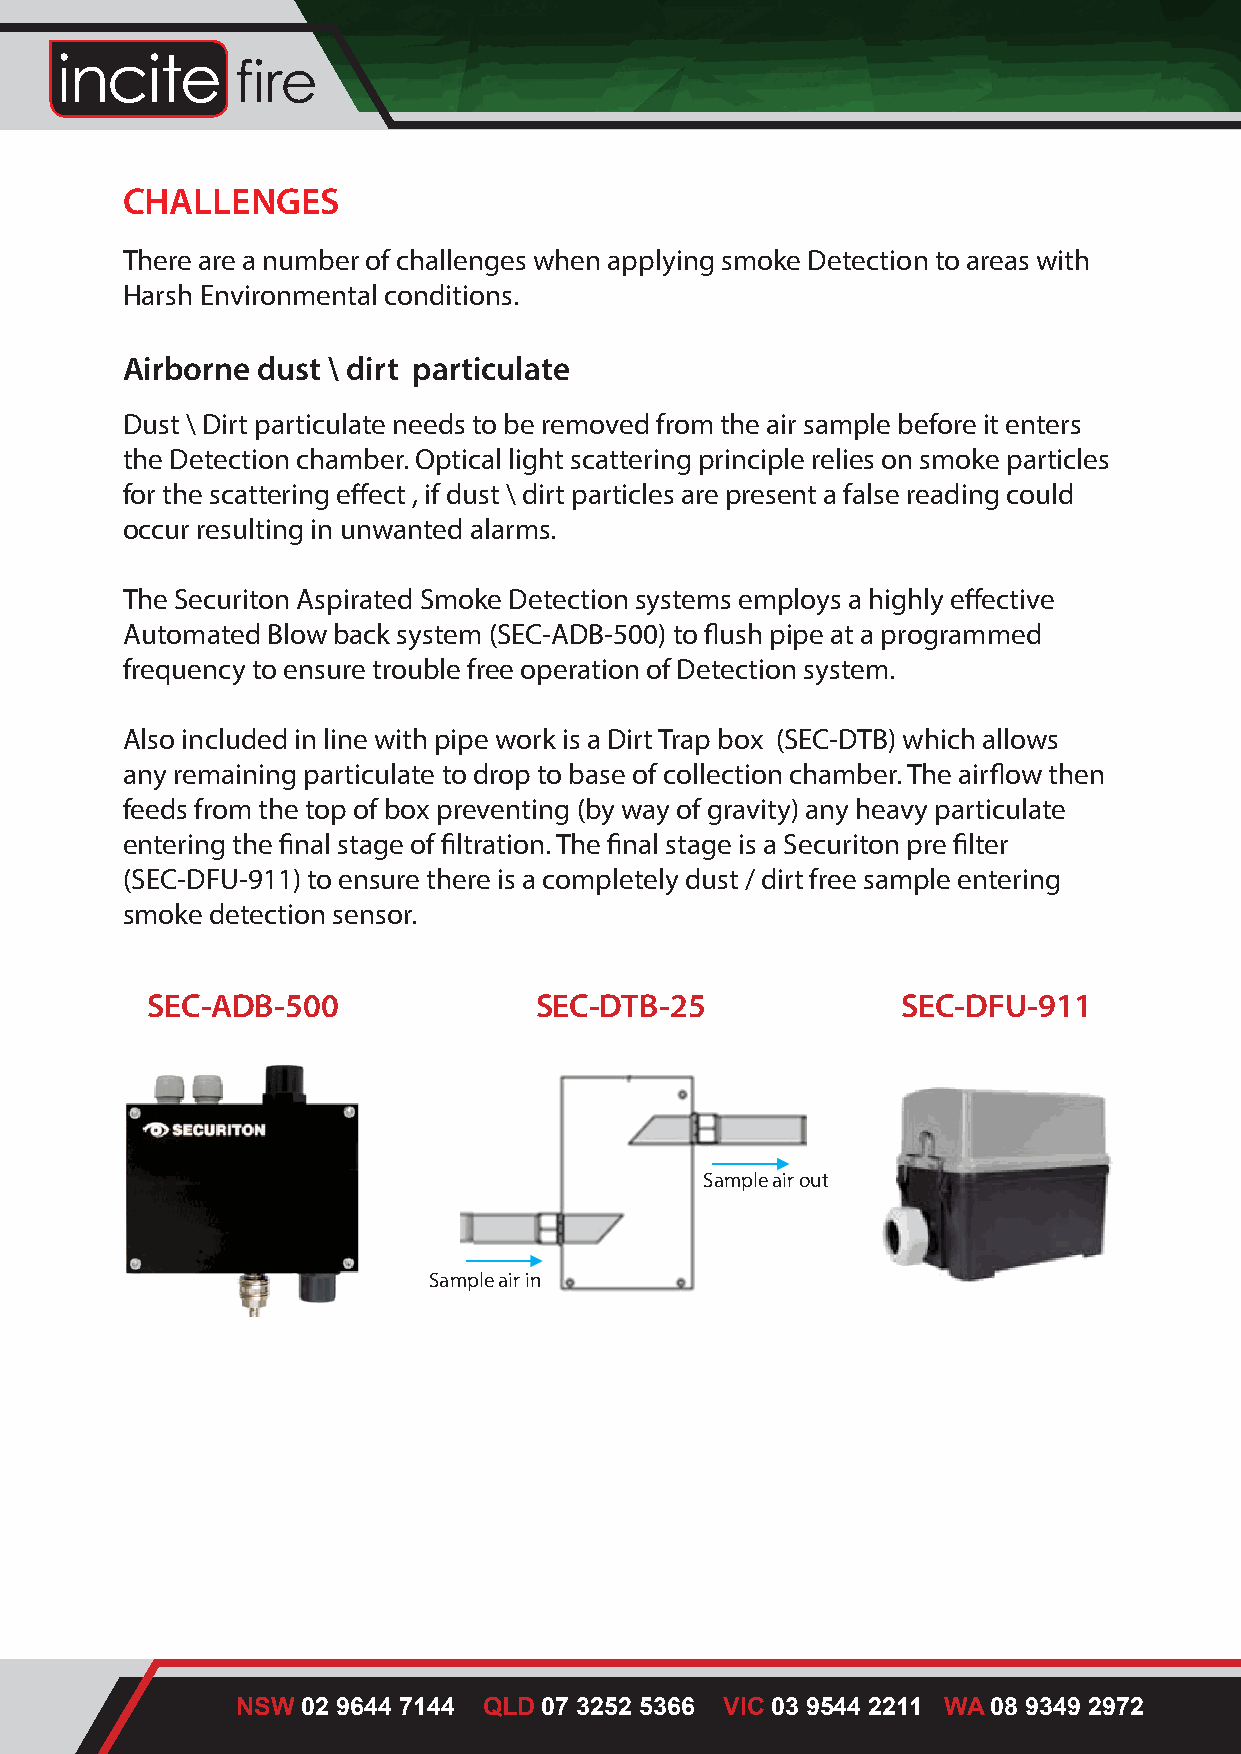
CHALLENGES
 There are a number of challenges when applying smoke Detection to areas with
 Harsh Environmental conditions.
 Airborne dust \ dirt particulate
 Dust \ Dirt particulate needs to be removed from the air sample before it enters
 the Detection chamber. Optical light scattering principle relies on smoke particles
 for the scattering effect , if dust \ dirt particles are present a false reading could
 occur resulting in unwanted alarms.
 The Securiton Aspirated Smoke Detection systems employs a highly effective
 Automated Blow back system (SEC-ADB-500) to flush pipe at a programmed
 frequency to ensure trouble free operation of Detection system.
 Also included in line with pipe work is a Dirt Trap box (SEC-DTB) which allows
 any remaining particulate to drop to base of collection chamber. The airflow then
 feeds from the top of box preventing (by way of gravity) any heavy particulate
 entering the final stage of filtration. The final stage is a Securiton pre filter
 (SEC-DFU-911) to ensure there is a completely dust / dirt free sample entering
 smoke detection sensor.
 SEC-ADB-500              SEC-DTB-25               SEC-DFU-911
 Sample air out
 Sample air in
 NSW 02 9644 7144 QLD 07 3252 5366 VIC 03 9544 2211 WA 08 9349 2972